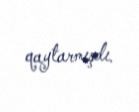
qaytarmışdı.